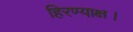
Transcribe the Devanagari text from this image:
हिरण्याक्ष।